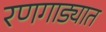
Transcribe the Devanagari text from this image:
रणगाड्यात